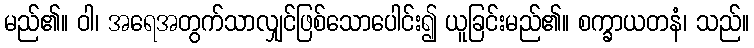
မည်၏။ ဝါ၊ အရေအတွက်သာလျှင်ဖြစ်သောပေါင်း၍ ယူခြင်းမည်၏။ စက္ခာယတနံ၊ သည်။